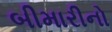
બીમારીનો